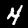
Label: 4